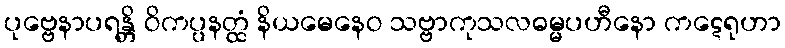
ပုဗ္ဗေနာပရန္တိ ဝိကပ္ပနတ္ထံ နိယမေနေဝ သဗ္ဗာကုသလဓမ္မပဟီနော ကဋေရုဟာ